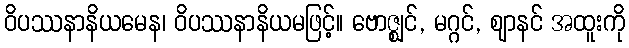
ဝိပဿနာနိယမေန၊ ဝိပဿနာနိယမဖြင့်။ ဗောဇ္ဈင်, မဂ္ဂင်, ဈာနင် အထူးကို